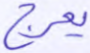
يعرج